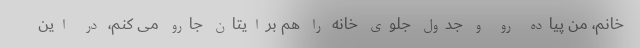
خانم، من پیاده رو و جدول جلوی خانه را هم برایتان جارو می کنم، در این